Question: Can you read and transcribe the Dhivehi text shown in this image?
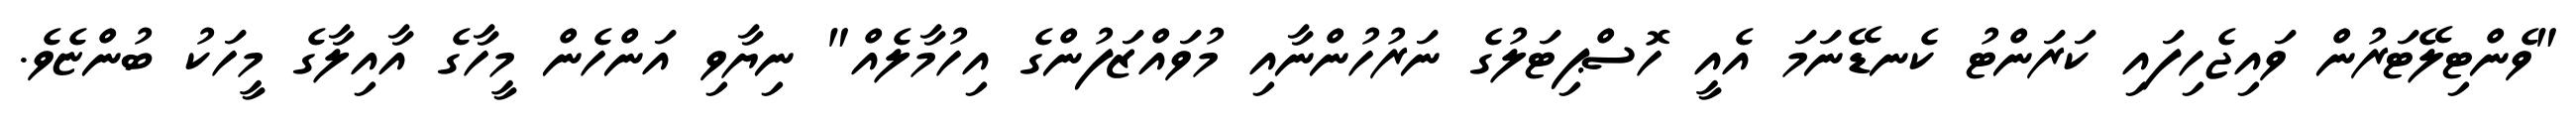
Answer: "ވެންޓިލޭޓަރުން ވައިޖެހިފައި ކަރަންޓު ކެނޑޭނަމަ އެއީ ހޮސްޕިޓަލުގެ ނަރުހުންނާއި މުވައްޒަފުންގެ އިހުމާލެއް" ނިޔާވި އަންހެން މީހާގެ އާއިލާގެ މީހަކު ބުންޏެވެ.